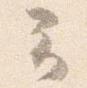
云